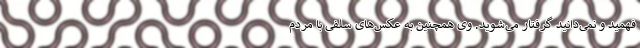
‌فهمید و نمی‌دانید گرفتار می‌شوید. وی همچنین به عکس‌های سلفی با مردم